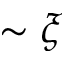
\sim \xi